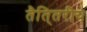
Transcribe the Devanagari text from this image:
तैति्तरीय